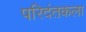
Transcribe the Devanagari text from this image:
परिदंतकला